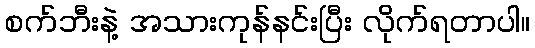
စက်ဘီးနဲ့ အသားကုန်နင်းပြီး လိုက်ရတာပါ။